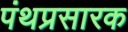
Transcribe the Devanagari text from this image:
पंथप्रसारक